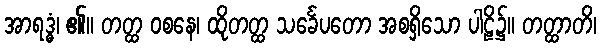
အာရဒ္ဓံ၊ ၏။ တတ္ထ ဝစနေ၊ ထိုတတ္ထ သင်္ခေပတော အစရှိသော ပါဠိ၌။ တတ္ထာတိ၊